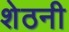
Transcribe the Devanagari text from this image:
शेठनी